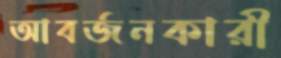
আবর্জনকারী